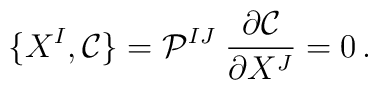
\{X^{I},\mathcal{C}\}=\mathcal{P}^{IJ}\; \frac{\partial \mathcal{C}}{\partial X^{J}}=0\, .